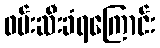
ဖမ်းဆီးခံရကြောင်း